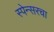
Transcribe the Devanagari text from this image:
स्पेन्सरचा